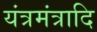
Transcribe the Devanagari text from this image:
यंत्रमंत्रादि